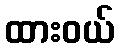
ထားဝယ်